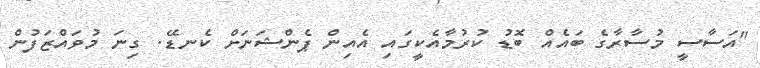
"އަސާސީ މުސާރާގެ ބައެެއް ބޮޑު ކުރުމާއެކީގައި އެއިން ޕެންޝަަނަށް ކެނޑޭ. ގިނަ މުވައްޒަފުން